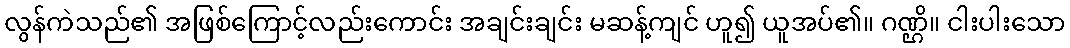
လွန်ကဲသည်၏ အဖြစ်ကြောင့်လည်းကောင်း အချင်းချင်း မဆန့်ကျင် ဟူ၍ ယူအပ်၏။ ဂဏ္ဌိ။ ငါးပါးသော